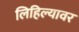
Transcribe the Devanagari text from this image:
लिहिल्यावर